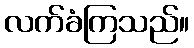
လက်ခံကြသည်။